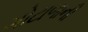
ગોટાળાની